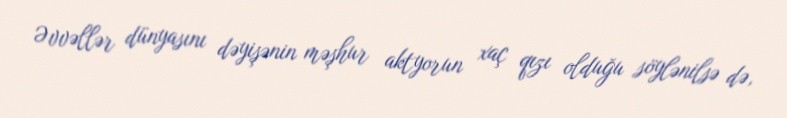
Əvvəllər dünyasını dəyişənin məşhur aktyorun xaç qızı olduğu söylənilsə də,